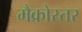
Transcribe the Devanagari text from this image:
मैक्रोस्तर